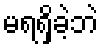
မရရှိခဲ့ဘဲ